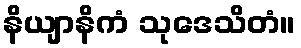
နိယျာနိကံ သုဒေသိတံ။